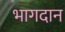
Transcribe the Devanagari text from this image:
भागदान